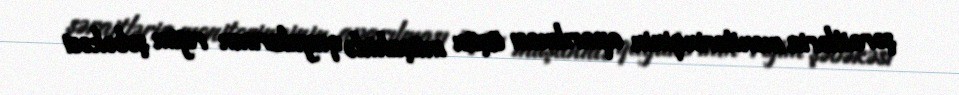
şəraitlərin monitorinqinin aparılması üçün müşahidə quyularının rejim şəbəkəsi